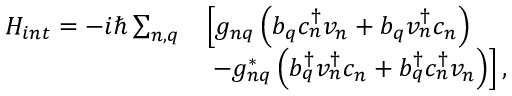
\begin{array} { r l } { H _ { i n t } = - i \hbar \sum _ { n , q } } & { \left[ g _ { n q } \left( b _ { q } c _ { n } ^ { \dagger } v _ { n } + b _ { q } v _ { n } ^ { \dagger } c _ { n } \right) \right. } \\ & { \left. \, - g _ { n q } ^ { * } \left( b _ { q } ^ { \dagger } v _ { n } ^ { \dagger } c _ { n } + b _ { q } ^ { \dagger } c _ { n } ^ { \dagger } v _ { n } \right) \right] , } \end{array}